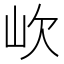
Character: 㰞